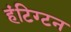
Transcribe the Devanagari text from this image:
हंटिग्टन